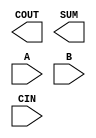
module sky130_fd_sc_lp__fahcin (
    COUT,
    SUM ,
    A   ,
    B   ,
    CIN
);

    output COUT;
    output SUM ;
    input  A   ;
    input  B   ;
    input  CIN ;

    // Voltage supply signals
    supply1 VPWR;
    supply0 VGND;
    supply1 VPB ;
    supply0 VNB ;

endmodule